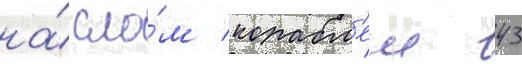
на́ сло́м корабл'еи 43